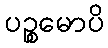
ပဉ္စမောပိ